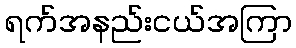
ရက်အနည်းငယ်အကြာ